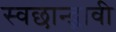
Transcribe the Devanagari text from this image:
स्वछान्द्भावी